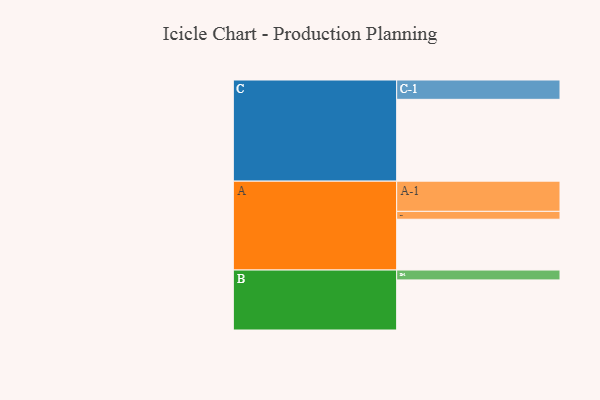
{"axis": {"x": "Segment", "y": "Value"}, "legend": ["", "A", "B", "C"], "data": [{"x": "A", "y": 360, "type": ""}, {"x": "B", "y": 355, "type": ""}, {"x": "C", "y": 580, "type": ""}, {"x": "A-1", "y": 214, "type": "A"}, {"x": "A-2", "y": 56, "type": "A"}, {"x": "B-1", "y": 70, "type": "B"}, {"x": "C-1", "y": 137, "type": "C"}]}